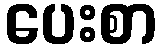
ပေးစာ